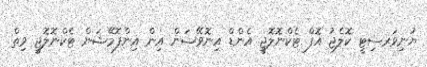
ޔުނިވަރސިޓީ ކޮލެޖު އޮފް ޓެކްނޮލޮޖީ އެންޑް އިނޮވޭޝަން އިން އިންފޮމޭޝަން ޓެކްނޮލޮޖީ ވިތް